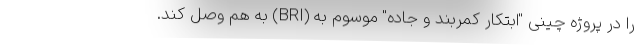
را در پروژه چینی "ابتکار کمربند و جاده" موسوم به (BRI) به هم وصل کند.